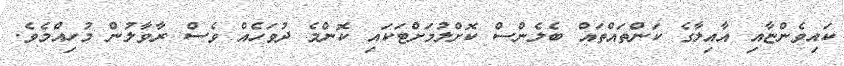
ކައިވެންޏާއި އާއިލާގެ ކަންތައްތައް ބެލެންސް ކޮށްލުމަށްޓަކައި ކޮންމެ ދުވަހެއް ވެސް ރާވާލުން މުހިއްމެވެ.